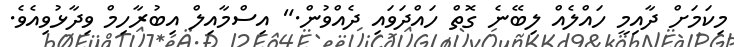
މިކަމަށް ދާއިމީ ހައްލެއް ލިބޭނެ ގޮތް ހައްދަވައި ދެއްވުން." އިސްމާއިލް އިބުރާހިމް ވިދާޅުވިއެވެ.